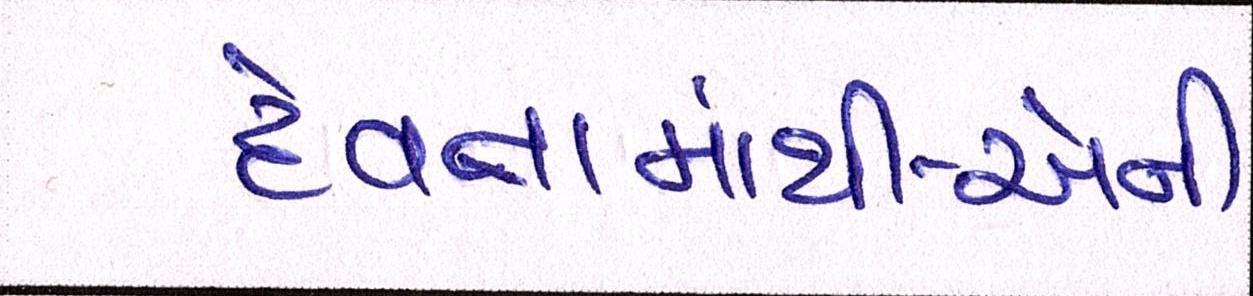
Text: દેવતામાંથી-એની